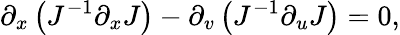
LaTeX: \partial_{x}\left(J^{-1}\partial_{x}J\right)-\partial_{v}\left(J^{-1}\partial_{u}J\right)=0,